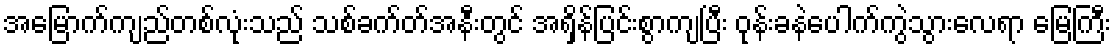
အမြောက်ကျည်တစ်လုံးသည် သစ်ခက်တ်အနီးတွင် အရှိန်ပြင်းစွာကျပြီး ဝုန်းခနဲပေါက်ကွဲသွားလေရာ မြေကြီး